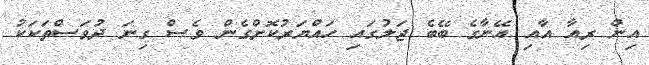
އިން ރިއާ އާއި އޭނާގެ ބޭބެ ޖަލުގައި ހައްޔަރުކޮށްގެން ވެސް ގިނަ ދުވަސްތަކަކު